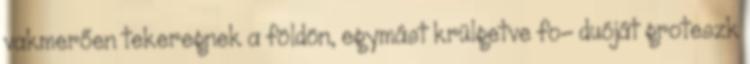
vakmerően tekeregnek a földön, egymást krülgetve fo- duóját groteszk